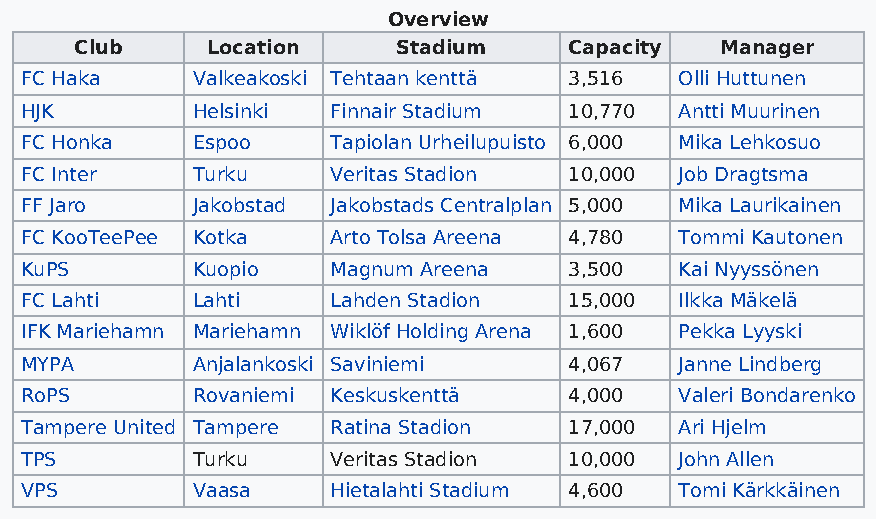
Overview
 Club     Location    Stadium     Capacity  Manager
 FC Haka     Valkeakoski Tehtaan kenttä 3,516 Olli Huttunen
 HJK         Helsinki Finnair Stadium 10,770 Antti Muurinen
 FC Honka    Espoo    Tapiolan Urheilupuisto 6,000 Mika Lehkosuo
 FC Inter    Turku    Veritas Stadion 10,000 Job Dragtsma
 FF Jaro     Jakobstad Jakobstads Centralplan 5,000 Mika Laurikainen
 FC KooTeePee Kotka   Arto Tolsa Areena 4,780 Tommi Kautonen
 KuPS        Kuopio   Magnum Areena   3,500  Kai Nyyssönen
 FC Lahti    Lahti    Lahden Stadion  15,000 Ilkka Mäkelä
 IFK Mariehamn Mariehamn Wiklöf Holding Arena 1,600 Pekka Lyyski
 MYPA        Anjalankoski Saviniemi   4,067  Janne Lindberg
 RoPS        Rovaniemi Keskuskenttä   4,000  Valeri Bondarenko
 Tampere United Tampere Ratina Stadion 17,000 Ari Hjelm
 TPS         Turku    Veritas Stadion 10,000 John Allen
 VPS         Vaasa    Hietalahti Stadium 4,600 Tomi Kärkkäinen